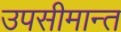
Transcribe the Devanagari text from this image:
उपसीमान्त